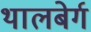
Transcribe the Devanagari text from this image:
थालबेर्ग